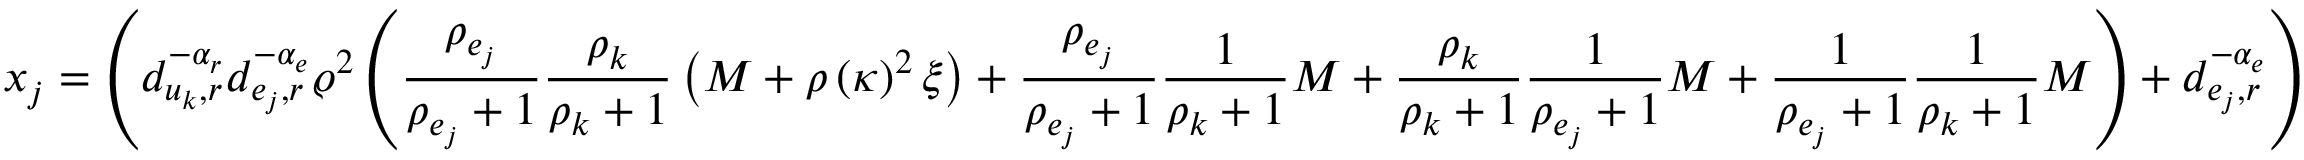
x _ { j } = \left( d _ { u _ { k } , r } ^ { - \alpha _ { r } } d _ { e _ { j } , r } ^ { - \alpha _ { e } } \varrho ^ { 2 } \left( \frac { \rho _ { e _ { j } } } { \rho _ { e _ { j } } + 1 } \frac { \rho _ { k } } { \rho _ { k } + 1 } \left( M + \rho \left( \kappa \right) ^ { 2 } \xi \right) + \frac { \rho _ { e _ { j } } } { \rho _ { e _ { j } } + 1 } \frac { 1 } { \rho _ { k } + 1 } M + \frac { \rho _ { k } } { \rho _ { k } + 1 } \frac { 1 } { \rho _ { e _ { j } } + 1 } M + \frac { 1 } { \rho _ { e _ { j } } + 1 } \frac { 1 } { \rho _ { k } + 1 } M \right) + d _ { e _ { j } , r } ^ { - \alpha _ { e } } \right)